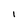
Character: I